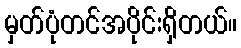
မှတ်ပုံတင်အပိုင်းရှိတယ်။